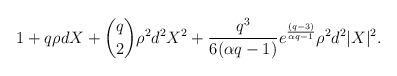
LaTeX: \begin{align*} 1+ q\rho d X + \binom{q}{2} \rho^2 d^2 X^2 + \frac{q^3}{6(\alpha q-1)}e^{\frac{(q-3)}{\alpha q-1}} \rho^2d^2|X|^2. \end{align*}